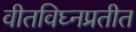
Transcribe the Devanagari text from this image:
वीतविघ्नप्रतीत